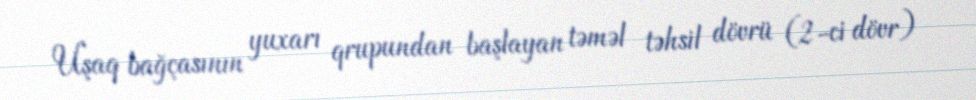
Uşaq bağçasının yuxarı qrupundan başlayan təməl təhsil dövrü (2-ci dövr)